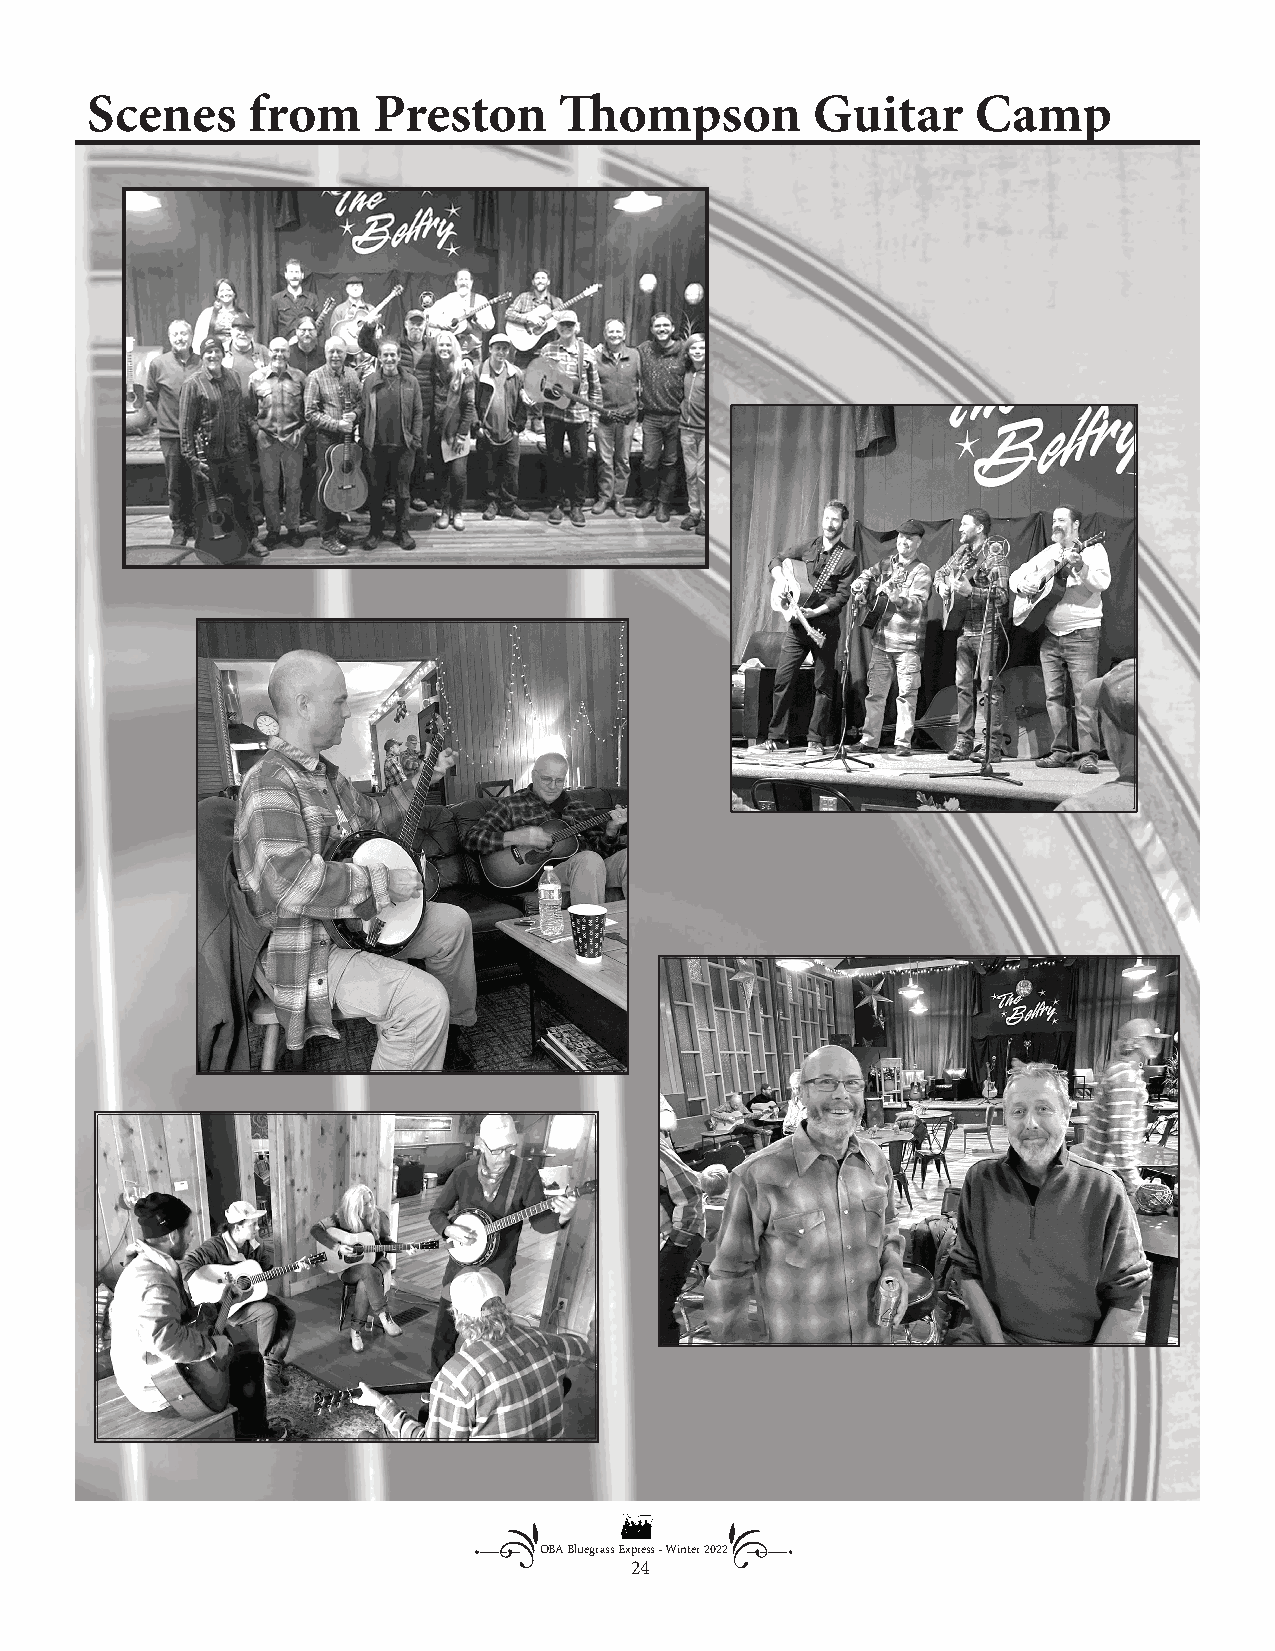
Scenes    from     Preston     Th  ompson       Guitar     Camp
 OBA Bluegrass Express - Winter 2022
 24